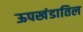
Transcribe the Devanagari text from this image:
ऊपखंडातिल